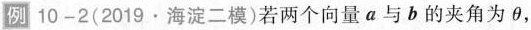
例10-2(2019·海淀二模)若两个向量a与b的夹角为\theta，